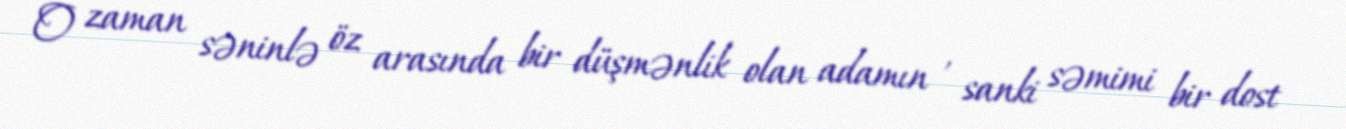
O zaman səninlə öz arasında bir düşmənlik olan adamın , sanki səmimi bir dost